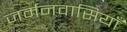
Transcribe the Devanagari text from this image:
जर्मनवासियाँ